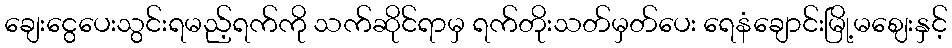
ချေးငွေပေးသွင်းရမည့်ရက်ကို သက်ဆိုင်ရာမှ ရက်တိုးသတ်မှတ်ပေး ရေနံချောင်းမြို့မဈေးနှင့်